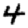
Digit: 4